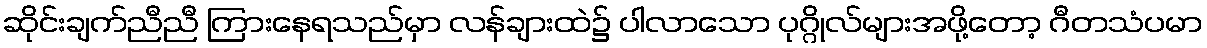
ဆိုင်းချက်ညီညီ ကြားနေရသည်မှာ လန်ချားထဲ၌ ပါလာသော ပုဂ္ဂိုလ်များအဖို့တော့ ဂီတသံပမာ